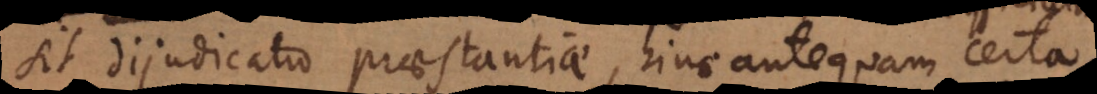
sit dijudicatio praestantiae, hinc antequam certa